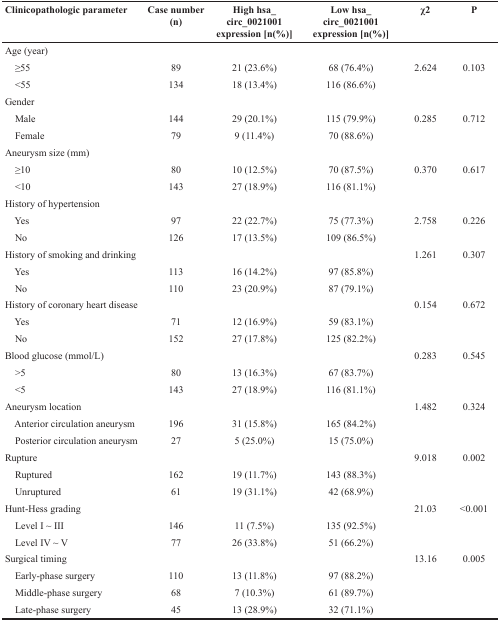
<table><thead><tr><td><b>Clinicopathologic parameter</b></td><td><b>Case number (n)</b></td><td><b>High hsa_circ_0021001 expression [n(%)]</b></td><td><b>Low hsa_circ_0021001 expression [n(%)]</b></td><td><b>χ2</b></td><td><b>P</b></td></tr></thead><tbody><tr><td>Age (year)</td><td></td><td></td><td></td><td></td><td></td></tr><tr><td> ≥55</td><td>89</td><td>21 (23.6%)</td><td>68 (76.4%)</td><td>2.624</td><td>0.103</td></tr><tr><td> &lt;55</td><td>134</td><td>18 (13.4%)</td><td>116 (86.6%)</td><td></td><td></td></tr><tr><td>Gender</td><td></td><td></td><td></td><td></td><td></td></tr><tr><td> Male</td><td>144</td><td>29 (20.1%)</td><td>115 (79.9%)</td><td>0.285</td><td>0.712</td></tr><tr><td> Female</td><td>79</td><td>9 (11.4%)</td><td>70 (88.6%)</td><td></td><td></td></tr><tr><td>Aneurysm size (mm)</td><td></td><td></td><td></td><td></td><td></td></tr><tr><td> ≥10</td><td>80</td><td>10 (12.5%)</td><td>70 (87.5%)</td><td>0.370</td><td>0.617</td></tr><tr><td> &lt;10</td><td>143</td><td>27 (18.9%)</td><td>116 (81.1%)</td><td></td><td></td></tr><tr><td>History of hypertension</td><td></td><td></td><td></td><td></td><td></td></tr><tr><td> Yes</td><td>97</td><td>22 (22.7%)</td><td>75 (77.3%)</td><td>2.758</td><td>0.226</td></tr><tr><td> No</td><td>126</td><td>17 (13.5%)</td><td>109 (86.5%)</td><td></td><td></td></tr><tr><td>History of smoking and drinking</td><td></td><td></td><td></td><td>1.261</td><td>0.307</td></tr><tr><td> Yes</td><td>113</td><td>16 (14.2%)</td><td>97 (85.8%)</td><td></td><td></td></tr><tr><td> No</td><td>110</td><td>23 (20.9%)</td><td>87 (79.1%)</td><td></td><td></td></tr><tr><td>History of coronary heart disease</td><td></td><td></td><td></td><td>0.154</td><td>0.672</td></tr><tr><td> Yes</td><td>71</td><td>12 (16.9%)</td><td>59 (83.1%)</td><td></td><td></td></tr><tr><td> No</td><td>152</td><td>27 (17.8%)</td><td>125 (82.2%)</td><td></td><td></td></tr><tr><td>Blood glucose (mmol/L)</td><td></td><td></td><td></td><td>0.283</td><td>0.545</td></tr><tr><td> &gt;5</td><td>80</td><td>13 (16.3%)</td><td>67 (83.7%)</td><td></td><td></td></tr><tr><td> &lt;5</td><td>143</td><td>27 (18.9%)</td><td>116 (81.1%)</td><td></td><td></td></tr><tr><td>Aneurysm location</td><td></td><td></td><td></td><td>1.482</td><td>0.324</td></tr><tr><td> Anterior circulation aneurysm</td><td>196</td><td>31 (15.8%)</td><td>165 (84.2%)</td><td></td><td></td></tr><tr><td> Posterior circulation aneurysm</td><td>27</td><td>5 (25.0%)</td><td>15 (75.0%)</td><td></td><td></td></tr><tr><td>Rupture</td><td></td><td></td><td></td><td>9.018</td><td>0.002</td></tr><tr><td> Ruptured</td><td>162</td><td>19 (11.7%)</td><td>143 (88.3%)</td><td></td><td></td></tr><tr><td> Unruptured</td><td>61</td><td>19 (31.1%)</td><td>42 (68.9%)</td><td></td><td></td></tr><tr><td>Hunt-Hess grading</td><td></td><td></td><td></td><td>21.03</td><td>&lt;0.001</td></tr><tr><td> Level I ∼ III</td><td>146</td><td>11 (7.5%)</td><td>135 (92.5%)</td><td></td><td></td></tr><tr><td> Level IV ∼ V</td><td>77</td><td>26 (33.8%)</td><td>51 (66.2%)</td><td></td><td></td></tr><tr><td>Surgical timing</td><td></td><td></td><td></td><td>13.16</td><td>0.005</td></tr><tr><td> Early-phase surgery</td><td>110</td><td>13 (11.8%)</td><td>97 (88.2%)</td><td></td><td></td></tr><tr><td> Middle-phase surgery</td><td>68</td><td>7 (10.3%)</td><td>61 (89.7%)</td><td></td><td></td></tr><tr><td> Late-phase surgery</td><td>45</td><td>13 (28.9%)</td><td>32 (71.1%)</td><td></td><td></td></tr></tbody></table>